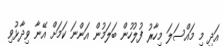
އަދި މި މައްސަލަ މިހާރު ފުލުހުން ބަލަމުން އަންނަ ކަމަށް އޭނާ ވިދާޅުވި